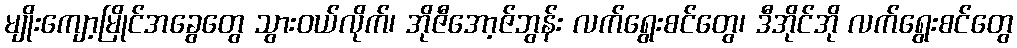
မျိုးကျော့မြိုင်အခွေတွေ သွားဝယ်လိုက်၊ အိုဇီအော့ဇ်ဘွန်း လက်ရွေးစင်တွေ၊ ဒီအိုင်အို လက်ရွေးစင်တွေ